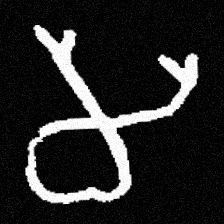
Pyu character \u2014 Myanmar letter: မ (romanized: ma)